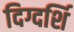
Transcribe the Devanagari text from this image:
दिग्दर्शि